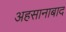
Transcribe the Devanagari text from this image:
अहसानाबाद